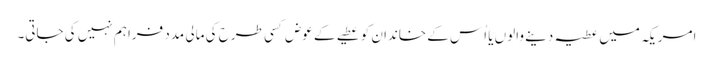
امریکہ میں عطیہ دینے والوں یا اُس کے خاندان کو عطیے کے عوض کسی طرح کی مالی مدد فراہم نہیں کی جاتی۔